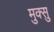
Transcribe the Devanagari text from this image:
मुक्सु